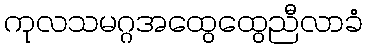
ကုလသမဂ္ဂအထွေထွေညီလာခံ